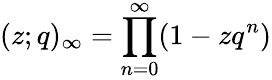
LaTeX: (z;q)_{\infty}=\prod_{n=0}^{\infty}(1-zq^{n})